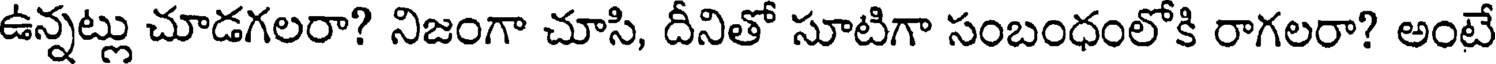
ఉన్నట్లు చూడగలరా? నిజంగా చూసి, దీనితో సూటిగా సంబంధంలోకి రాగలరా? అంటే